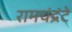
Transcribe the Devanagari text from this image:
रामचंद्रंटे